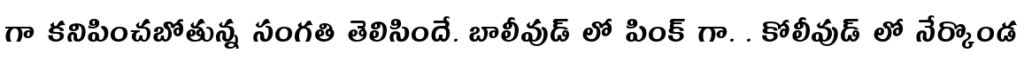
గా కనిపించబోతున్న సంగతి తెలిసిందే. బాలీవుడ్ లో పింక్ గా. . కోలీవుడ్ లో నేర్కొండ